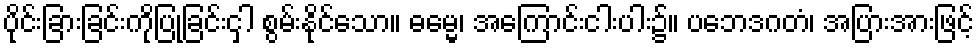
ပိုင်းခြားခြင်းကိုပြုခြင်းငှါ စွမ်းနိုင်သော။ ဓမ္မေ၊ အကြောင်းငါးပါး၌။ ပဘေဒဂတံ၊ အပြားအားဖြင့်